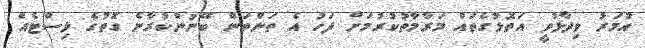
އުމަރު ވިދާޅުވީ އަތޮޅުގެތައް މަރާމާތުކުރުމަށް ފަހު އެ ތަންތަން ބޭނުންކުރާނެ ގޮތުގެ ލިސްޓެއް